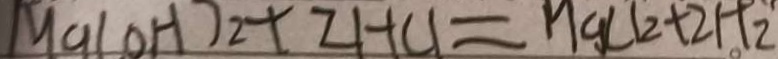
M C l ( O H ) _ { 2 } + 2 H C l = H g l _ { 2 } + 2 H _ { 2 }